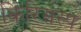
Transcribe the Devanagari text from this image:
किरिसस्प